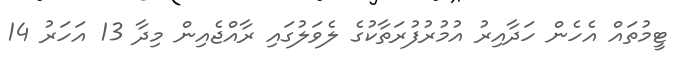
ޓީމުތައް އެހެން ހަދާއިރު އުމުރުފުރަތާކުގެ ލެވަލުގައި ރާއްޖެއިން މިދާ 13 އަހަރު 14